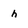
Character: h